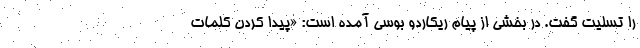
را تسلیت گفت. در بخشی از پیام ریکاردو بوسی آمده است: «پیدا کردن کلمات